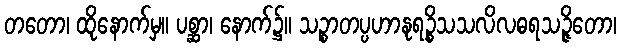
တတော၊ ထိုနောက်မှ။ ပစ္ဆာ၊ နောက်၌။ သဉ္စာတပ္ပဟာနုရဉ္စိသသလိလဓရသဉ္ဇိတော၊